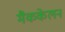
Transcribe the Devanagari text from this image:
मैककेलन